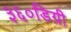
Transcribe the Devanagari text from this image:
३६०डिग्री